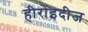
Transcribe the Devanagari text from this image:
हीरोइदीज